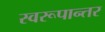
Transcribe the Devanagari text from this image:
स्वरूपान्तर